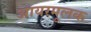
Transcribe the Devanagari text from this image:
आयरमूलक